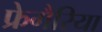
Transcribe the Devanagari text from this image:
फ्रेगैरिया